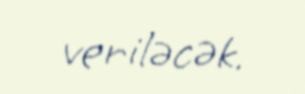
veriləcək.